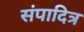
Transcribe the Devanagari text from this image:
संपादित्र